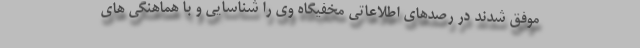
موفق شدند در رصدهای اطلاعاتی مخفیگاه وی را شناسایی و با هماهنگی های